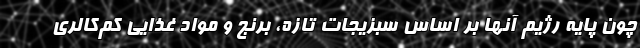
چون پایه رژیم آنها بر اساس سبزیجات تازه، برنج و مواد غذایی کم‌کالری